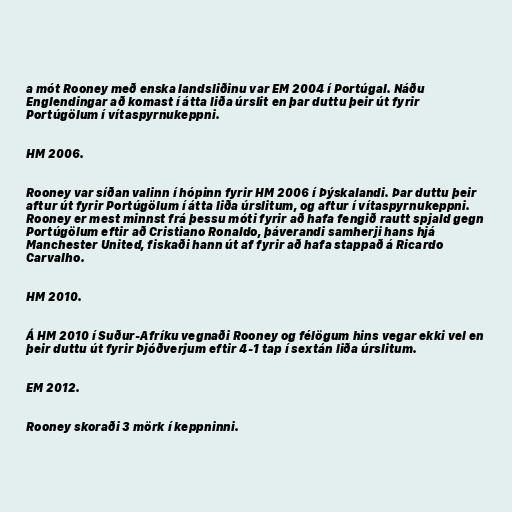
a mót Rooney með enska landsliðinu var EM 2004 í Portúgal. Náðu
Englendingar að komast í átta liða úrslit en þar duttu þeir út fyrir
Portúgölum í vítaspyrnukeppni.

HM 2006.

Rooney var síðan valinn í hópinn fyrir HM 2006 í Þýskalandi. Þar duttu þeir
aftur út fyrir Portúgölum í átta liða úrslitum, og aftur í vítaspyrnukeppni.
Rooney er mest minnst frá þessu móti fyrir að hafa fengið rautt spjald gegn
Portúgölum eftir að Cristiano Ronaldo, þáverandi samherji hans hjá
Manchester United, fiskaði hann út af fyrir að hafa stappað á Ricardo
Carvalho.

HM 2010.

Á HM 2010 í Suður-Afríku vegnaði Rooney og félögum hins vegar ekki vel en
þeir duttu út fyrir Þjóðverjum eftir 4-1 tap í sextán liða úrslitum.

EM 2012.

Rooney skoraði 3 mörk í keppninni.